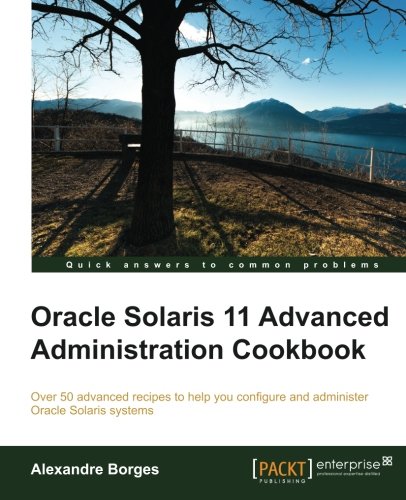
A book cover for Oracle Solaris 11 Advanced Administration Cookbook; Alexandre Borges; Computers & Technology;